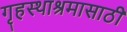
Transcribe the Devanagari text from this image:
गृहस्थाश्रमासाठी